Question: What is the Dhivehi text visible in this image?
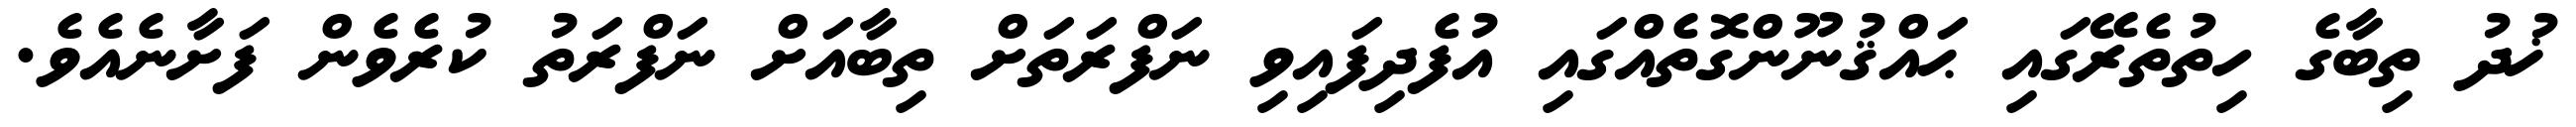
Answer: ޚުދު ތިބާގެ ހިތުތެރޭގައި ޙައްޤުނޫންގޮތެއްގައި އުފެދިފައިވި ނަފްރަތަށް ތިބާއަށް ނަފްރަތު ކުރެވެން ފަށާނެއެވެ.